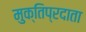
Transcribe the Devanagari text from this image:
मुक्तिप्रदाता